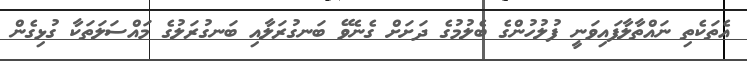
އެތަކެތި ނައްތާލާފައިވަނީ ފުލުހުންގެ ބެލުމުގެ ދަށަށް ގެނެވޭ ބަނގުރަލާއި ބަނގުރަލުގެ މައްސަލަތަކާ ގުޅިގެން